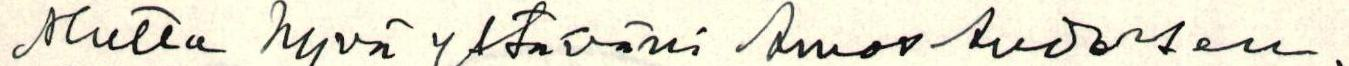
Mutta hyvä ystäväni Amos Andersen,